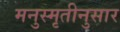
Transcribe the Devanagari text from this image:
मनुस्मृतीनुसार